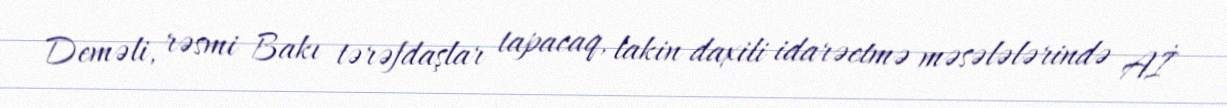
Deməli, rəsmi Bakı tərəfdaşlar tapacaq, lakin daxili idarəetmə məsələlərində Aİ